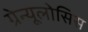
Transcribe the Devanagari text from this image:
ग्रेन्यूलोसिस